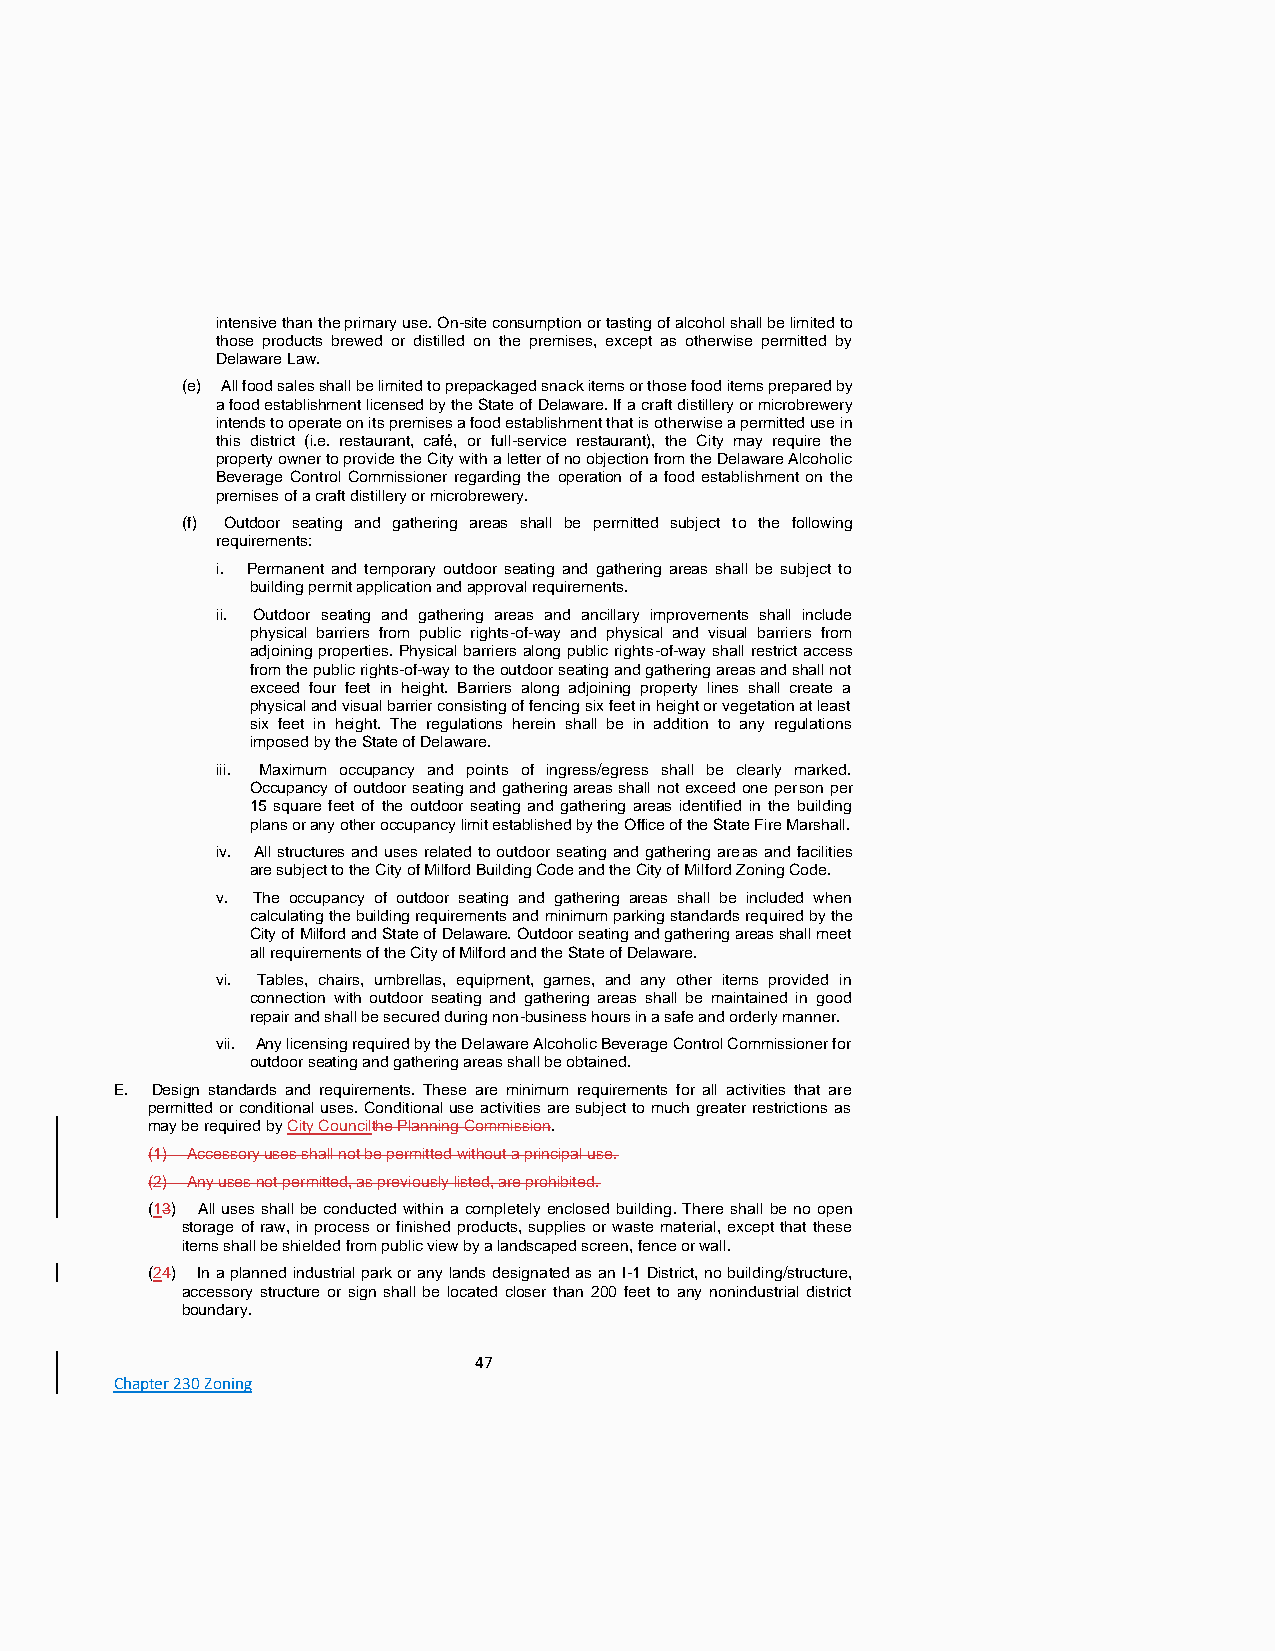
intensive than the primary use. On-site consumption or tasting of alcohol shall be limited to
 those products brewed or distilled on the premises, except as otherwise permitted by
 Delaware Law.
 (e) All food sales shall be limited to prepackaged snack items or those food items prepared by
 a food establishment licensed by the State of Delaware. If a craft distillery or microbrewery
 intends to operate on its premises a food establishment that is otherwise a permitted use in
 this district (i.e. restaurant, café, or full-service restaurant), the City may require the
 property owner to provide the City with a letter of no objection from the Delaware Alcoholic
 Beverage Control Commissioner regarding the operation of a food establishment on the
 premises of a craft distillery or microbrewery.
 (f) Outdoor seating and gathering areas shall be permitted subject to the following
 requirements:
 i. Permanent and temporary outdoor seating and gathering areas shall be subject to
 building permit application and approval requirements.
 ii. Outdoor seating and gathering areas and ancillary improvements shall include
 physical barriers from public rights-of-way and physical and visual barriers from
 adjoining properties. Physical barriers along public rights-of-way shall restrict access
 from the public rights-of-way to the outdoor seating and gathering areas and shall not
 exceed four feet in height. Barriers along adjoining property lines shall create a
 physical and visual barrier consisting of fencing six feet in height or vegetation at least
 six feet in height. The regulations herein shall be in addition to any regulations
 imposed by the State of Delaware.
 iii. Maximum occupancy and points of ingress/egress shall be clearly marked.
 Occupancy of outdoor seating and gathering areas shall not exceed one person per
 15 square feet of the outdoor seating and gathering areas identified in the building
 plans or any other occupancy limit established by the Office of the State Fire Marshall.
 iv. All structures and uses related to outdoor seating and gathering areas and facilities
 are subject to the City of Milford Building Code and the City of Milford Zoning Code.
 v. The occupancy of outdoor seating and gathering areas shall be included when
 calculating the building requirements and minimum parking standards required by the
 City of Milford and State of Delaware. Outdoor seating and gathering areas shall meet
 all requirements of the City of Milford and the State of Delaware.
 vi. Tables, chairs, umbrellas, equipment, games, and any other items provided in
 connection with outdoor seating and gathering areas shall be maintained in good
 repair and shall be secured during non-business hours in a safe and orderly manner.
 vii. Any licensing required by the Delaware Alcoholic Beverage Control Commissioner for
 outdoor seating and gathering areas shall be obtained.
 E. Design standards and requirements. These are minimum requirements for all activities that are
 permitted or conditional uses. Conditional use activities are subject to much greater restrictions as
 may be required by City Councilthe Planning Commission.
 (1) Accessory uses shall not be permitted without a principal use.
 (2) Any uses not permitted, as previously listed, are prohibited.
 (13) All uses shall be conducted within a completely enclosed building. There shall be no open
 storage of raw, in process or finished products, supplies or waste material, except that these
 items shall be shielded from public view by a landscaped screen, fence or wall.
 (24) In a planned industrial park or any lands designated as an I-1 District, no building/structure,
 accessory structure or sign shall be located closer than 200 feet to any nonindustrial district
 boundary.
 47
 Chapter 230 Zoning